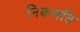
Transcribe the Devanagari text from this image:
निकलति